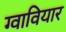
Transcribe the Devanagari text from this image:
ग्वावियार